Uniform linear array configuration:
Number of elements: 48
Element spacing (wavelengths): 0.5
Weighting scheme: binomial
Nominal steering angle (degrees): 30
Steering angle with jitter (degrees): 30.155
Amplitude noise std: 0.05
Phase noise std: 0.05

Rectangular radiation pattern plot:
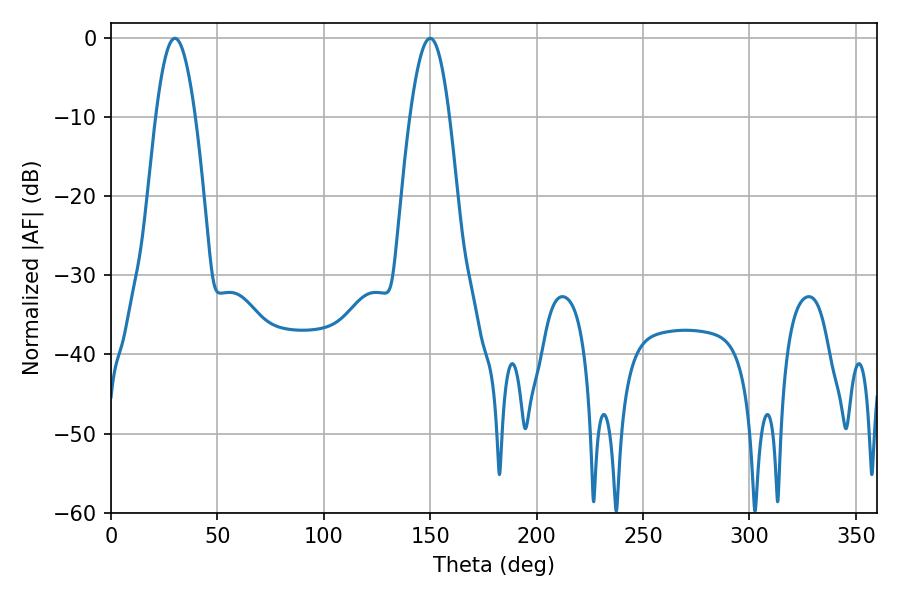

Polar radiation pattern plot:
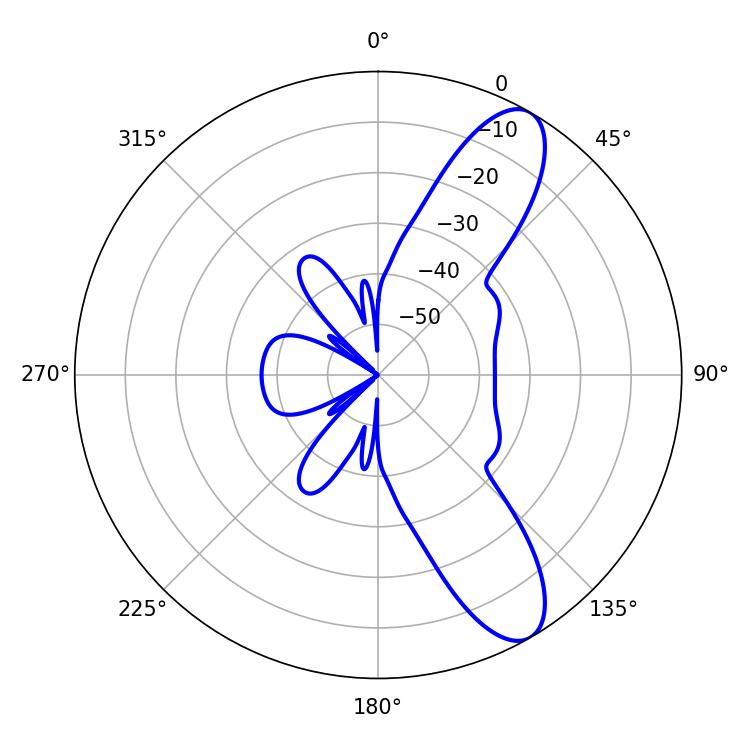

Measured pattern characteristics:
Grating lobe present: FALSE
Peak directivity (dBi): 10.193
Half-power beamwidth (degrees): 10.08
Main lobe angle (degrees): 30.06